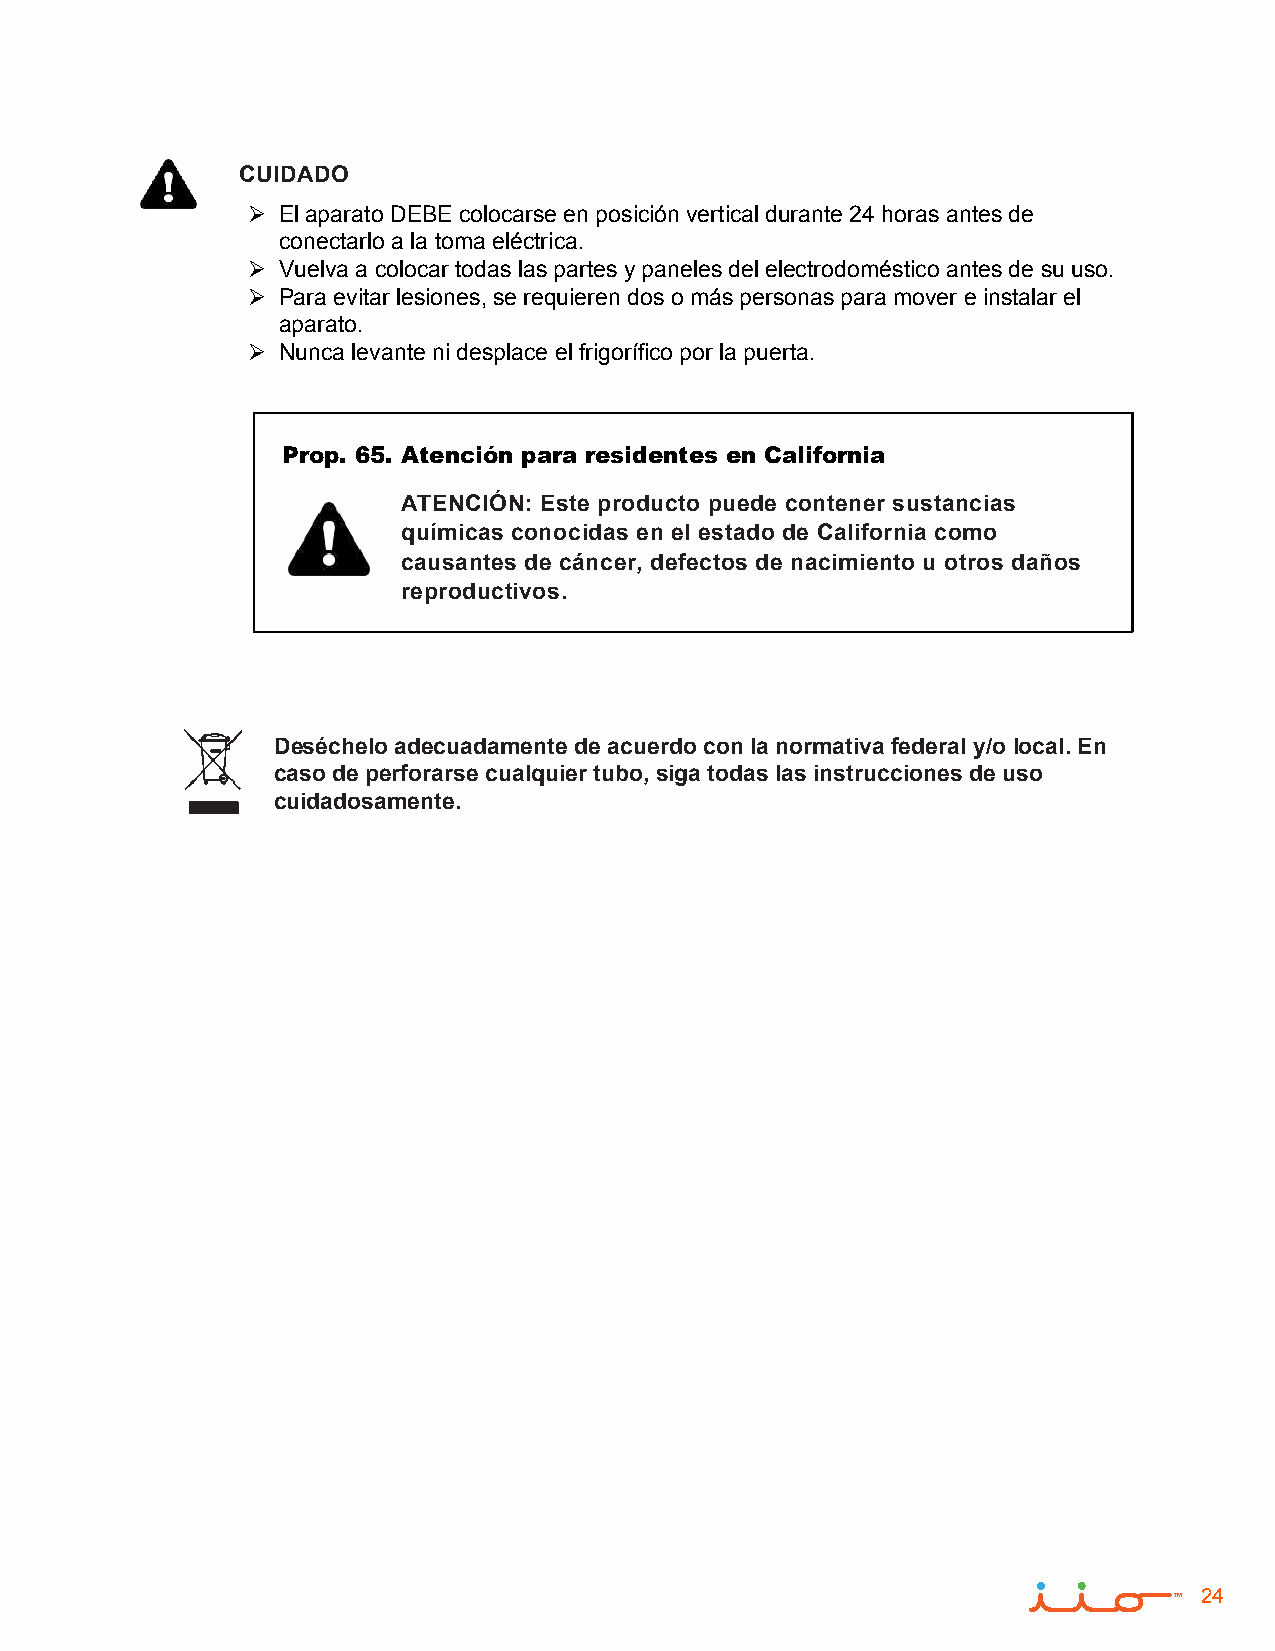
CUIDADO
  El aparato DEBE colocarse en posición vertical durante 24 horas antes de
 conectarlo a la toma eléctrica.
  Vuelva a colocar todas las partes y paneles del electrodoméstico antes de su uso.
  Para evitar lesiones, se requieren dos o más personas para mover e instalar el
 aparato.
  Nunca levante ni desplace el frigorífico por la puerta.
 Prop. 65. Atención para residentes en California
 ATENCIÓN: Este producto puede contener sustancias
 químicas conocidas en el estado de California como
 causantes de cáncer, defectos de nacimiento u otros daños
 reproductivos.
 Deséchelo adecuadamente de acuerdo con la normativa federal y/o local. En
 caso de perforarse cualquier tubo, siga todas las instrucciones de uso
 cuidadosamente.
 24